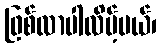
ဖြစ်လာပါလိမ့်မယ်၊